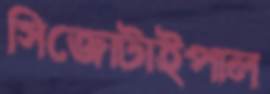
সিজোটাইপাল